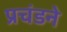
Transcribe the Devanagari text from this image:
प्रचंडने